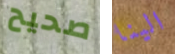
صحيح الينا